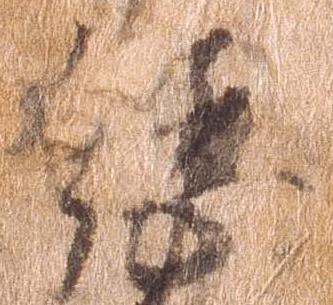
総